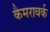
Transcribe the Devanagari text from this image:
कैमरावर्क